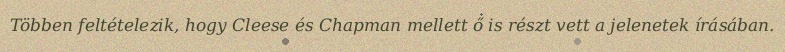
Többen feltételezik, hogy Cleese és Chapman mellett ő is részt vett a jelenetek írásában.